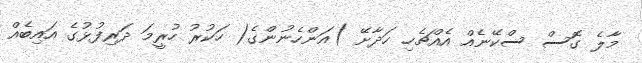
މާލެ ގޮސް ސްކޭނެއް އެއްޗެހި ހަދާށޭ )އަންހެނުންގެ( ހަކުރު ހުރީމަ ދަރިފުޅުގެ އައިބެއް